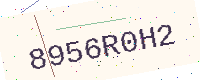
Text: 8956R0H2